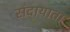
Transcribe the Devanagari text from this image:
संदायाता